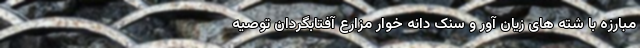
مبارزه با شته های زیان آور و سنک دانه خوار مزارع آفتابگردان توصیه